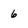
Character: 6